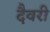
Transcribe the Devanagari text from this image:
दैवरी